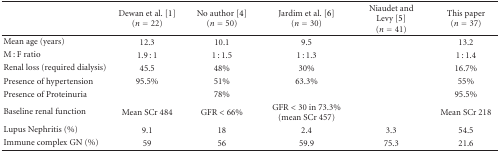
<table><thead><tr><td></td><td><b>Dewan et al. [1] (<i>n</i> = 22)</b></td><td><b> No author [4] (<i>n</i> = 50)</b></td><td><b>Jardim et al. [6] (<i>n</i> = 30)</b></td><td><b>Niaudet and Levy [5] (<i>n</i> = 41)</b></td><td><b>This paper (<i>n</i> = 37)</b></td></tr></thead><tbody><tr><td>Mean age (years)</td><td>12.3</td><td>10.1</td><td>9.5</td><td></td><td>13.2</td></tr><tr><td>M : F ratio</td><td>1.9 : 1</td><td>1 : 1.5</td><td>1 : 1.3</td><td></td><td>1 : 1.4</td></tr><tr><td>Renal loss (required dialysis)</td><td>45.5</td><td>48%</td><td>30%</td><td></td><td>16.7%</td></tr><tr><td>Presence of hypertension</td><td>95.5%</td><td>51%</td><td>63.3%</td><td></td><td>55%</td></tr><tr><td>Presence of Proteinuria</td><td></td><td>78%</td><td></td><td></td><td>95.5%</td></tr><tr><td>Baseline renal function</td><td>Mean SCr 484</td><td>GFR &lt; 66%</td><td>GFR &lt; 30 in 73.3% (mean SCr 457)</td><td></td><td>Mean SCr 218</td></tr><tr><td>Lupus Nephritis (%)</td><td>9.1</td><td>18</td><td>2.4</td><td>3.3</td><td>54.5</td></tr><tr><td>Immune complex GN (%)</td><td>59</td><td>56</td><td>59.9</td><td>75.3</td><td>21.6</td></tr></tbody></table>